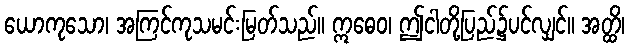
ယောကုသော၊ အကြင်ကုသမင်းမြတ်သည်။ ဣဓေဝ၊ ဤငါတို့ပြည်၌ပင်လျှင်။ အတ္ထိ၊